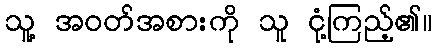
သူ့ အဝတ်အစားကို သူ ငုံ့ကြည့်၏။